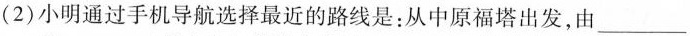
(2)小明通过手机导航选择最近的路线是：从中原福塔出发，由___